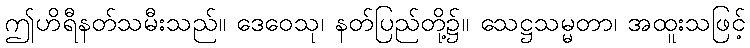
ဤဟိရီနတ်သမီးသည်။ ဒေဝေသု၊ နတ်ပြည်တို့၌။ သေဋ္ဌသမ္မတာ၊ အထူးသဖြင့်